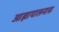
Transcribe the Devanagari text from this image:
आज्ञापालनास